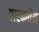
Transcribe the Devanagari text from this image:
टास्कपेन